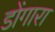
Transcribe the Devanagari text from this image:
डोंगारा